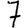
Digit: 7